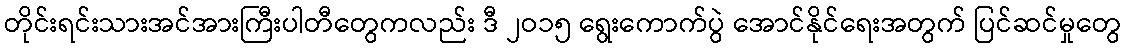
တိုင်းရင်းသားအင်အားကြီးပါတီတွေကလည်း ဒီ ၂ဝ၁၅ ရွေးကောက်ပွဲ အောင်နိုင်ရေးအတွက် ပြင်ဆင်မှုတွေ